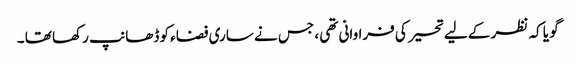
گو یا کہ نظر کے لیے تحیر کی فراوانی تھی ، جس نے ساری فضاء کو ڈھانپ رکھا تھا ۔